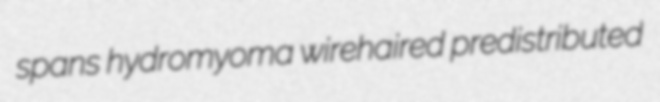
spans hydromyoma wirehaired predistributed